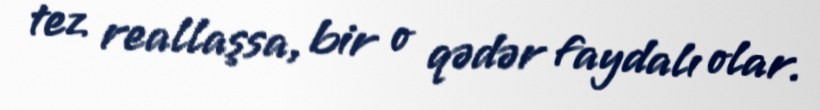
tez reallaşsa, bir o qədər faydalı olar.